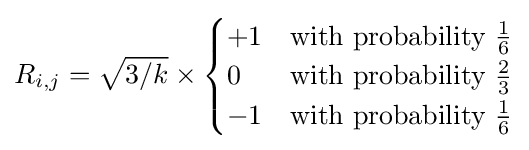
R_{i,j}={\sqrt {3/k}}\times {\begin{cases}+1&{\text{with probability }}{\frac {1}{6}}\\0&{\text{with probability }}{\frac {2}{3}}\\-1&{\text{with probability }}{\frac {1}{6}}\end{cases}}